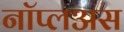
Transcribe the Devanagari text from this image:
नॉप्लअस